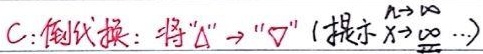
C: 倒代换：将“$\Delta$”$\to$“$\nabla$”（提示$x\to\infty\ n\to\infty\cdots$）